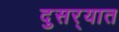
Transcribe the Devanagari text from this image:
दुसर्‍यात